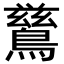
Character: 𮭋